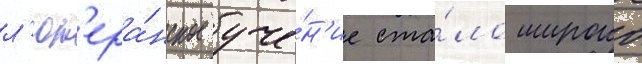
л'ют'ера́нское уче́н'ие ста́ло широко